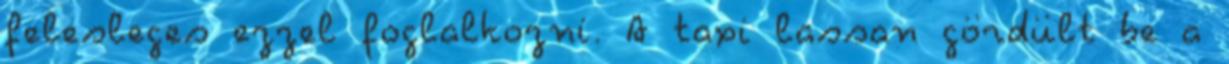
felesleges ezzel foglalkozni. A taxi lassan gördült be a